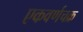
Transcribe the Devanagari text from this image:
एकवर्णचक्र